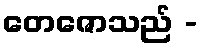
တေဇောသည် -